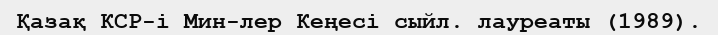
Қазақ КСР-і Мин-лер Кеңесі сыйл. лауреаты (1989).